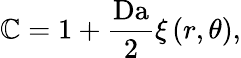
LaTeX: \mathbb{C}=1+\frac{{\mathrm{{Da}}}}{{2}}\xi\left(r,\theta\right),